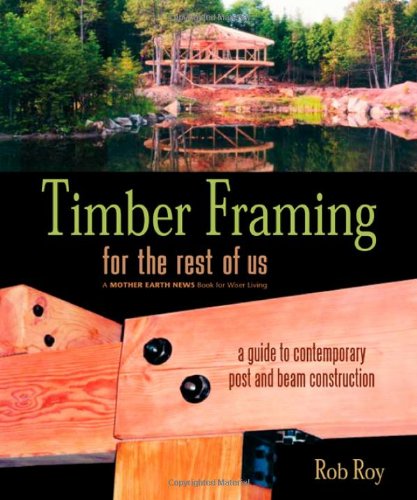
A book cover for Timber Framing for the Rest of Us: A Guide to Contemporary Post and Beam Construction; Rob Roy; Arts & Photography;